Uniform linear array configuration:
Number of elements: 32
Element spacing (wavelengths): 0.5
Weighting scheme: uniform
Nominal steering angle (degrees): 30
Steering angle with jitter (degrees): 28.57
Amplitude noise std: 0.05
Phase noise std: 0.05

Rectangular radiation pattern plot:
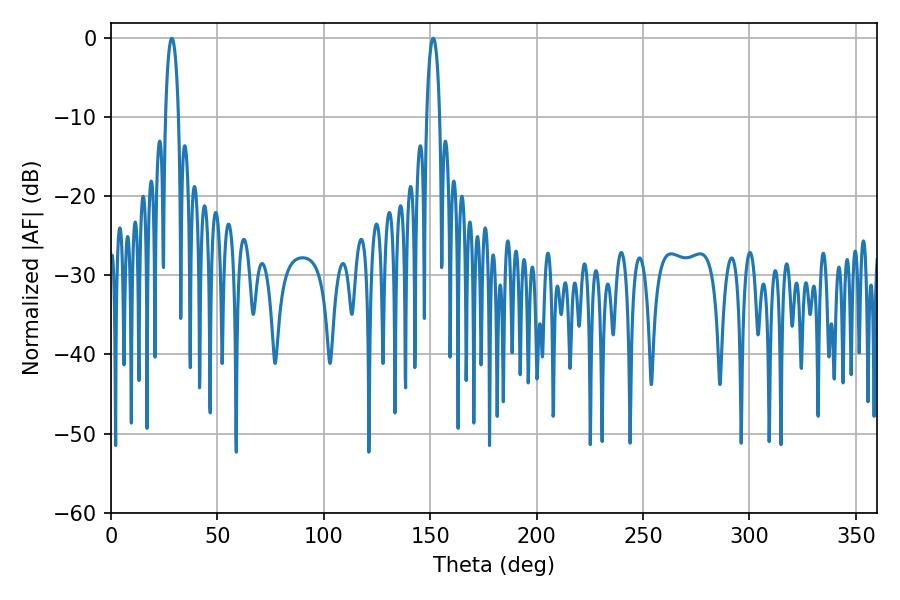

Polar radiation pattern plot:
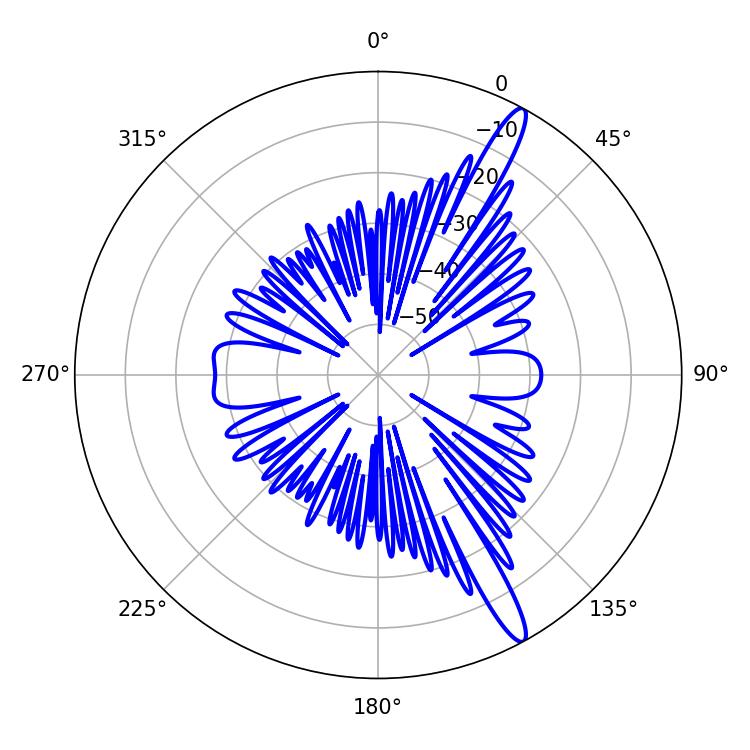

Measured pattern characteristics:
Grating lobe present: FALSE
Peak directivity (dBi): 14.745
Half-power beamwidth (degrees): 3.6
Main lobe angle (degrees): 28.62